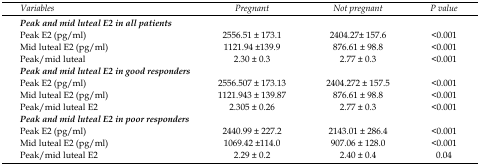
| Variables | Pregnant | Not pregnant | P value |
 | --- | --- | --- | --- |
 | <COLSPAN=4> Peak and mid luteal E2 in all patients |
 | Peak E2 (pg/ml) | 2556.51 ± 173.1 | 2404.27± 157.6 | <0.001 |
 | Mid luteal E2 (pg/ml) | 1121.94 ±139.9 | 876.61 ± 98.8 | <0.001 |
 | Peak/mid luteal | 2.30 ± 0.3 | 2.77 ± 0.3 | <0.001 |
 | <COLSPAN=4> Peak and mid luteal E2 in good responders |
 | Peak E2 (pg/ml) | 2556.507 ± 173.13 | 2404.272 ± 157.5 | <0.001 |
 | Mid luteal E2 (pg/ml) | 1121.943 ± 139.87 | 876.61 ± 98.8 | <0.001 |
 | Peak/mid luteal E2 | 2.305 ± 0.26 | 2.77 ± 0.3 | <0.001 |
 | <COLSPAN=4> Peak and mid luteal E2 in poor responders |
 | Peak E2 (pg/ml) | 2440.99 ± 227.2 | 2143.01 ± 286.4 | <0.001 |
 | Mid luteal E2 (pg/ml) | 1069.42 ±114.0 | 907.06 ± 128.0 | <0.001 |
 | Peak/mid luteal E2 | 2.29 ± 0.2 | 2.40 ± 0.4 | 0.04 |